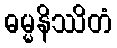
ဓမ္မနိဿိတံ